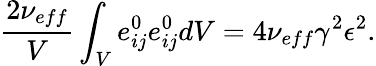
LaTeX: \frac{2\nu_{eff}}{V}\int_{V}e_{ij}^{0}e_{ij}^{0}dV=4\nu_{eff}\gamma^{2}\epsilon^{2}.